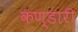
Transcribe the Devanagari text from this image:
कण्डारी